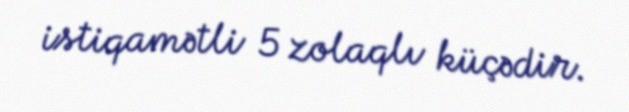
istiqamətli 5 zolaqlı küçədir.